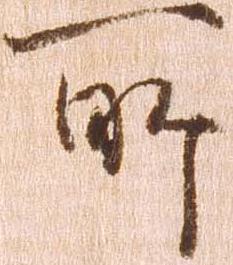
所